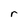
Character: r